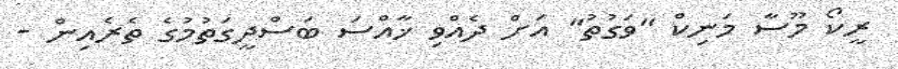
ރީކޯ މޫސާ މަނިކް "ވަގުތު" އަށް ދެއްވި ޚާއްސަ ބަސްދީގަތުމުގެ ތެރެއިން -